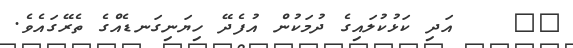
٤٣    އަދި ކަޅުކުލައިގެ ދުމަކުން އުފެދޭ ހިޔަނިގަނޑެއްގެ ތެރޭގައެވެ.